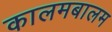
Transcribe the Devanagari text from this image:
कालमबालम